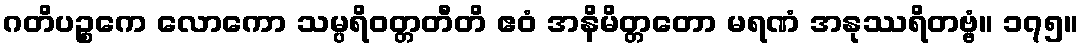
ဂတိပဉ္စကေ လောကော သမ္ပရိဝတ္တတီတိ ဧဝံ အနိမိတ္တတော မရဏံ အနုဿရိတဗ္ဗံ။ ၁၇၅။